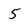
Character: 5